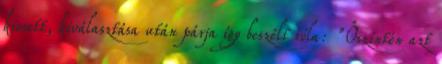
kiesett, kiválasztása után párja így beszélt róla: "Őszintén azt